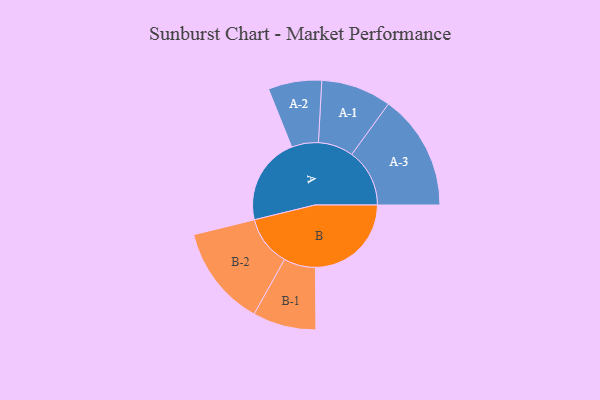
{"axis": {"x": "Segment", "y": "Value"}, "legend": ["", "A", "B"], "data": [{"x": "A", "y": 426, "type": ""}, {"x": "B", "y": 466, "type": ""}, {"x": "A-1", "y": 171, "type": "A"}, {"x": "A-2", "y": 130, "type": "A"}, {"x": "A-3", "y": 281, "type": "A"}, {"x": "B-1", "y": 154, "type": "B"}, {"x": "B-2", "y": 245, "type": "B"}]}